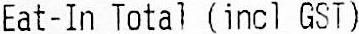
EAT-IN TOTAL (INCL GST)